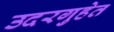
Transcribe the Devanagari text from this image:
उदरगुहेत